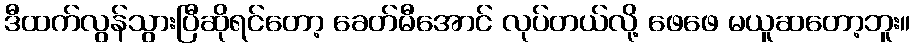
ဒီထက်လွန်သွားပြီဆိုရင်တော့ ခေတ်မီအောင် လုပ်တယ်လို့ ဖေဖေ မယူဆတော့ဘူး။